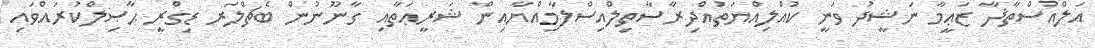
އަލްއުސްތާޛާ ޒަޢީމާ ނަޝީދު ވަނީ ކުއްލިއްޔަތުއްދިރާސާތިލްއިސްލާމިއްޔާއިން ޝަރީޢަތާއި ގާނޫނުން ބެޗްލަރ ޑިގްރީ ޙާޞިލްކުރައްވައި